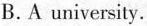
B. A university.